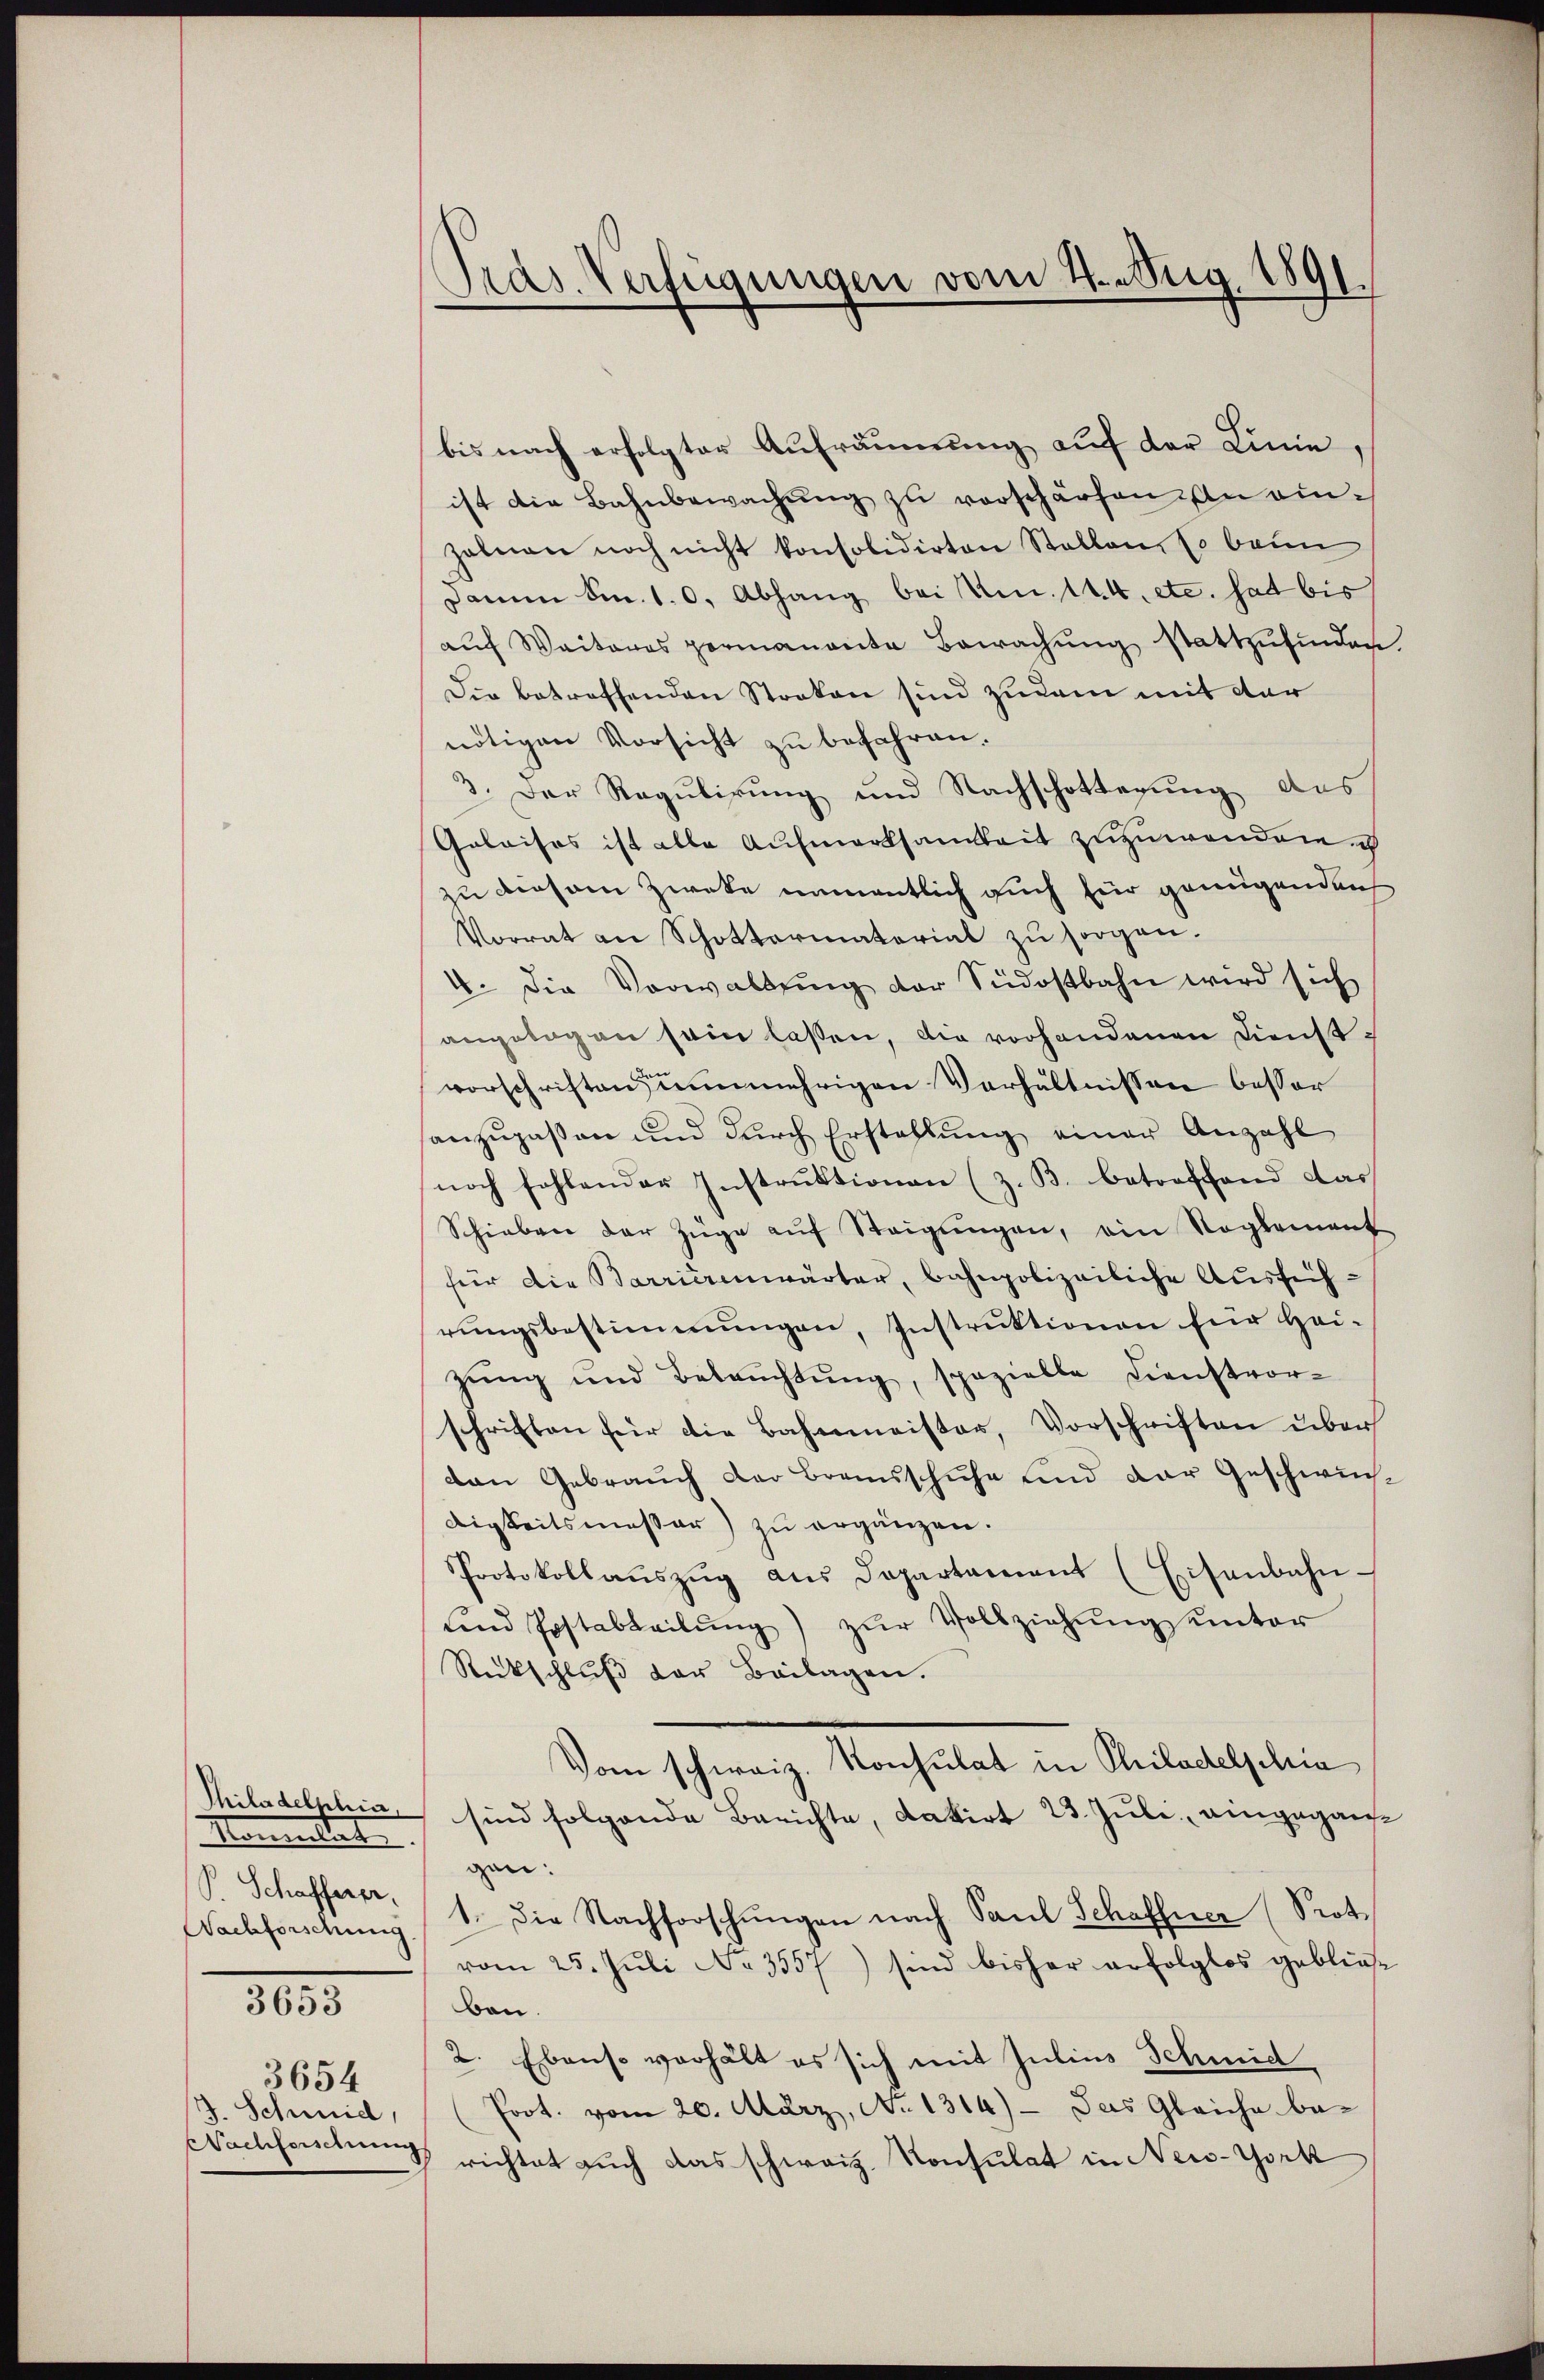
Momentat
P. Schafferer,

2035
3654

/J. Schmid,
Nachforschie

891.
Pras. Verfügungen vom 4. Stig.

bis nach erfolgter Aufräumung auf der Linie,
ist die Bahnbewachŭng zu verschärfen, in einzahnen noch nicht konsolidirten Stellen, so beim
Dann S. 10. Abhang bei Am. 114. etc. hat bis
auf Weiteres permanente Bewachung stattzufinden.
Die betreffenden Stocken sind zudem mit der
nötigen Vorsicht zu befahren.
3. Der Regulirung und Nachschotterung des
Golaises ist alle Aufmerksamkeit zuzuwenden
zu diesem Zweke namentlich auch für genügenden
Vorrat an Schottermatorial zu sorgen.
4. Die Vorwaltŭng der Südostbahn wird sich
angelegen sein lassen, die vorhandenen Dienstvorschriften nunmehrigen Verhältnissen besser
sanzupassen und durch Erstellung einer Anzahl
noch fehlender Instruktionen (z. B. betroffend das
Schieben der Züge aŭf Steigŭngen, ein Reglement
für die Barrierenwärter, bahnpolizeiliche Ausführŭngsbestimmungen, Instruktionen für Hei-
zŭng und Betrachtŭng, spezielle Dienstvor-
schriften für die Bahnmeister, Vorschriften über
den Gebrauch der Bransschuhe und der Geschwindigkeitsmesser) zu ergänzen.
Protokollaŭszŭg aŭs Departament (Eisenbahn-
und Postabteilŭng zŭr Vollziehŭng unter
Rückschluß der Beilagen.
Vom schweiz. Konsulat in Philadelphia
Thiladelphia sind folgende Berichte, datirt 23. Juli eingegangen:
Nachforschung, 1. die Nachforschŭngen nach Paul Schaffner (Prot
vom 25. Juli No 3557) sind bisher erfolglos gebliese
Ban
2. Ebenso verhält es sich mit Julius Schmid
Prot. vom 20. März, A. 1314) - das Gleiche be-
 richtet such das schweiz. Konsulat in New-York